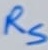
Text: RS